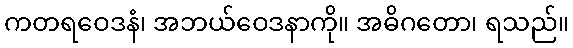
ကတရဝေဒနံ၊ အဘယ်ဝေဒနာကို။ အဓိဂတော၊ ရသည်။